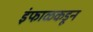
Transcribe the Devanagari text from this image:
इंफाळकडून